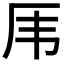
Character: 𠨼